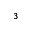
_ 3